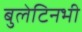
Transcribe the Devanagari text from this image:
बुलेटिनभी